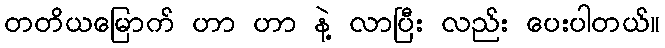
တတိယမြောက် ဟာ ဟာ နဲ့ လာပြီး လည်း ပေးပါတယ်။